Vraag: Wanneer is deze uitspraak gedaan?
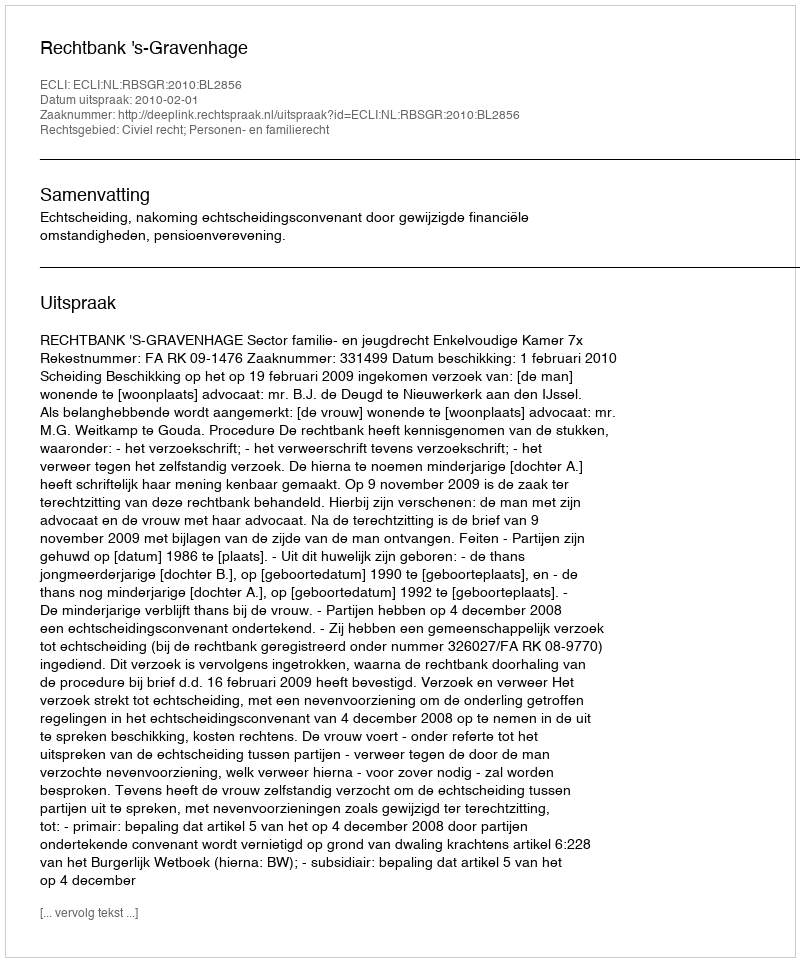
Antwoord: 2010-02-01